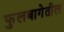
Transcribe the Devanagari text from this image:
फुलबागेतील